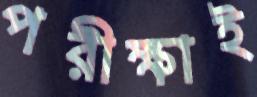
পরীক্ষাই